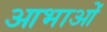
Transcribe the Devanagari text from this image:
आभाओं